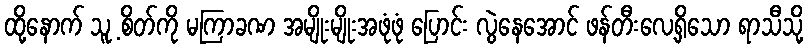
ထို့နောက် သူ့ စိတ်ကို မကြာခဏ အမျိုးမျိုးအဖုံဖုံ ပြောင်း လွဲနေအောင် ဖန်တီးလေ့ရှိသော ရာသီသို့